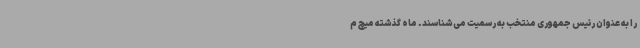
را به عنوان رئیس جمهوری منتخب به رسمیت می‌شناسند. ماه گذشته میچ م